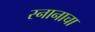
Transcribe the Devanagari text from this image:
स्नानाचा